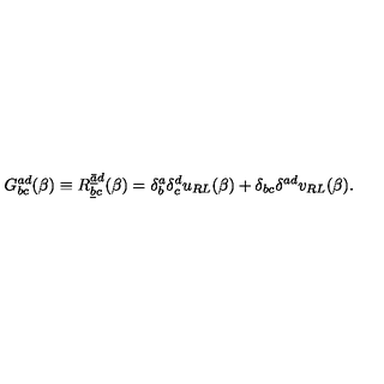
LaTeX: G _ { b c } ^ { a d } ( \beta ) \equiv R _ { \underline { b } c } ^ { \underline { { \bar { a } } } d } ( \beta ) = \delta _ { b } ^ { a } \delta _ { c } ^ { d } u _ { R L } ( \beta ) + \delta _ { b c } \delta ^ { a d } v _ { R L } ( \beta ) .